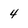
Character: 4